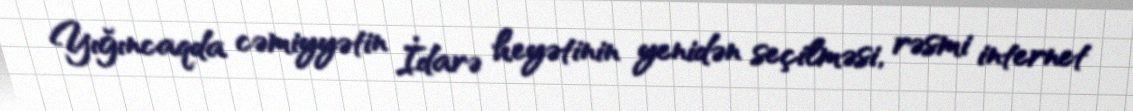
Yığıncaqda cəmiyyətin İdarə heyətinin yenidən seçilməsi, rəsmi internet